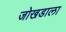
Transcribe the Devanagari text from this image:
जोखडाला